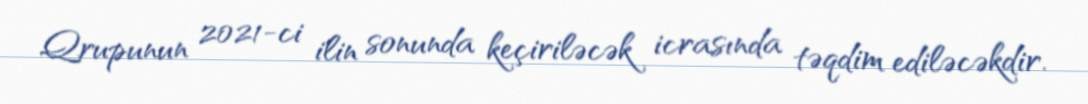
Qrupunun 2021-ci ilin sonunda keçiriləcək icrasında təqdim ediləcəkdir.